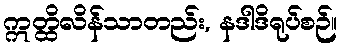
ဣတ္ထိလိန်သာတည်း, နဒါဒိရုပ်စဉ်။